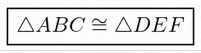
\triangle ABC\cong\triangle DEF